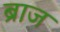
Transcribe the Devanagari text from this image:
ब्राज